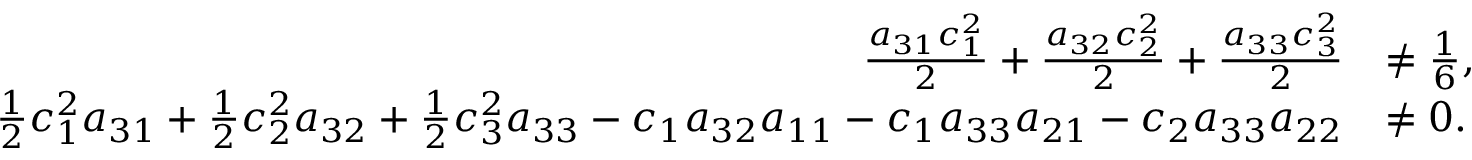
\begin{array} { r l } { \frac { a _ { 3 1 } c _ { 1 } ^ { 2 } } { 2 } + \frac { a _ { 3 2 } c _ { 2 } ^ { 2 } } { 2 } + \frac { a _ { 3 3 } c _ { 3 } ^ { 2 } } { 2 } } & { \ne \frac { 1 } { 6 } , } \\ { \frac { 1 } { 2 } c _ { 1 } ^ { 2 } a _ { 3 1 } + \frac { 1 } { 2 } c _ { 2 } ^ { 2 } a _ { 3 2 } + \frac { 1 } { 2 } c _ { 3 } ^ { 2 } a _ { 3 3 } - c _ { 1 } a _ { 3 2 } a _ { 1 1 } - c _ { 1 } a _ { 3 3 } a _ { 2 1 } - c _ { 2 } a _ { 3 3 } a _ { 2 2 } } & { \ne 0 . } \end{array}